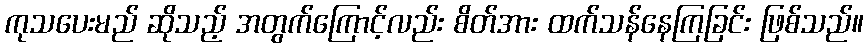
ကုသပေးမည် ဆိုသည့် အတွက်ကြောင့်လည်း စိတ်အား ထက်သန်နေကြခြင်း ဖြစ်သည်။